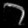
Digit: ၁